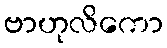
ဗာဟုလိကော